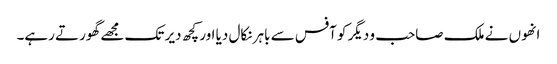
انھوں نے ملک صاحب و دیگر کو آفس سے باہر نکال دیا اور کچھ دیر تک مجھے گھورتے رہے۔